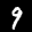
Label: 9